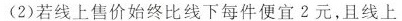
(2)若线上售价始终比线下每件便宜2元，且线上